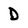
Character: D